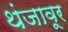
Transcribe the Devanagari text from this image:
थंजावूर